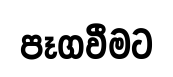
පෑගවීමට